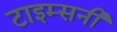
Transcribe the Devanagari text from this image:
टाइम्सनी